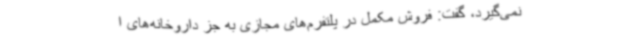
نمی‌گیرد، گفت: فروش مکمل در پلتفرم‌های مجازی به جز داروخانه‌های ا